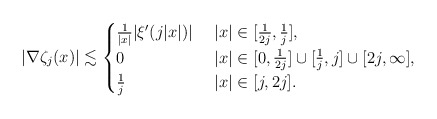
\begin{align*} |\nabla\zeta_{j}(x)|\lesssim\begin{cases}\frac{1}{|x|} |\xi'(j|x|)| & \ |x|\in [\frac{1}{2j},\frac{1}{j}], \\0 & \ |x|\in [0,\frac{1}{2j}]\cup [\frac{1}{j},j]\cup[2j,\infty], \\\frac{1}{j}& \ |x|\in [j,2j].\end{cases}\end{align*}